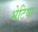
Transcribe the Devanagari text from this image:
भेटिया